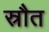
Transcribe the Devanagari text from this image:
स्रौत